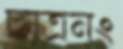
ছাত্রনং